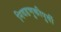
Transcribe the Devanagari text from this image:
निवडणुकीपुर्वी